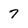
Character: 7